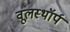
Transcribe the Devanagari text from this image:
वूलस्थॉर्प